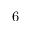
6